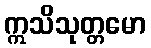
ဣသိသုတ္တမော